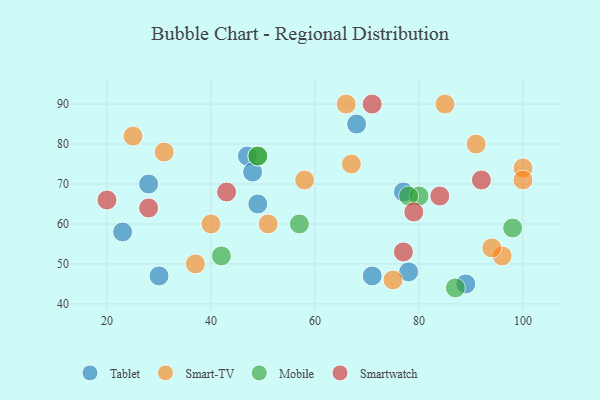
{"axis": {"x": "GDP", "y": "Life Expectancy"}, "legend": ["Mobile", "Smart-TV", "Smartwatch", "Tablet"], "data": [{"x": "49", "y": 65, "type": "Tablet"}, {"x": "68", "y": 85, "type": "Tablet"}, {"x": "78", "y": 48, "type": "Tablet"}, {"x": "30", "y": 47, "type": "Tablet"}, {"x": "47", "y": 77, "type": "Tablet"}, {"x": "71", "y": 47, "type": "Tablet"}, {"x": "23", "y": 58, "type": "Tablet"}, {"x": "48", "y": 73, "type": "Tablet"}, {"x": "77", "y": 68, "type": "Tablet"}, {"x": "89", "y": 45, "type": "Tablet"}, {"x": "28", "y": 70, "type": "Tablet"}, {"x": "85", "y": 90, "type": "Smart-TV"}, {"x": "51", "y": 60, "type": "Smart-TV"}, {"x": "40", "y": 60, "type": "Smart-TV"}, {"x": "96", "y": 52, "type": "Smart-TV"}, {"x": "100", "y": 74, "type": "Smart-TV"}, {"x": "31", "y": 78, "type": "Smart-TV"}, {"x": "25", "y": 82, "type": "Smart-TV"}, {"x": "66", "y": 90, "type": "Smart-TV"}, {"x": "58", "y": 71, "type": "Smart-TV"}, {"x": "67", "y": 75, "type": "Smart-TV"}, {"x": "91", "y": 80, "type": "Smart-TV"}, {"x": "100", "y": 71, "type": "Smart-TV"}, {"x": "94", "y": 54, "type": "Smart-TV"}, {"x": "75", "y": 46, "type": "Smart-TV"}, {"x": "37", "y": 50, "type": "Smart-TV"}, {"x": "49", "y": 77, "type": "Mobile"}, {"x": "98", "y": 59, "type": "Mobile"}, {"x": "80", "y": 67, "type": "Mobile"}, {"x": "57", "y": 60, "type": "Mobile"}, {"x": "78", "y": 67, "type": "Mobile"}, {"x": "87", "y": 44, "type": "Mobile"}, {"x": "42", "y": 52, "type": "Mobile"}, {"x": "49", "y": 77, "type": "Mobile"}, {"x": "79", "y": 63, "type": "Smartwatch"}, {"x": "43", "y": 68, "type": "Smartwatch"}, {"x": "71", "y": 90, "type": "Smartwatch"}, {"x": "20", "y": 66, "type": "Smartwatch"}, {"x": "28", "y": 64, "type": "Smartwatch"}, {"x": "84", "y": 67, "type": "Smartwatch"}, {"x": "92", "y": 71, "type": "Smartwatch"}, {"x": "77", "y": 53, "type": "Smartwatch"}]}